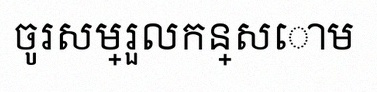
ចូរសម្រួលកន្សោម